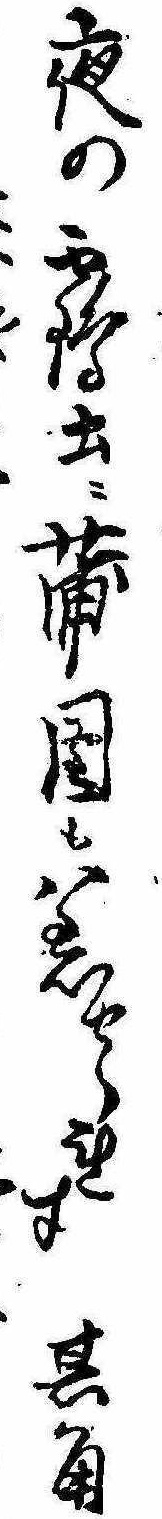
夜の鶴土に蒲団も着せられす其角